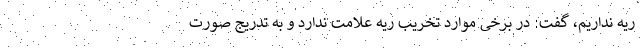
ریه نداریم، گفت: در برخی موارد تخریب ریه علامت ندارد و به تدریج صورت